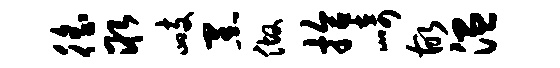
徭取峙黑做拾崎故温